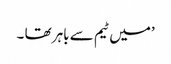
’میں ٹیم سے باہر تھا ۔